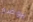
يوضع